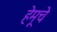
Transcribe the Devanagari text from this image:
हेमूचे